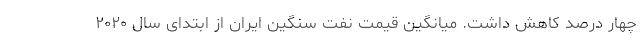
چهار درصد کاهش داشت. میانگین قیمت نفت سنگین ایران از ابتدای سال ۲۰۲۰